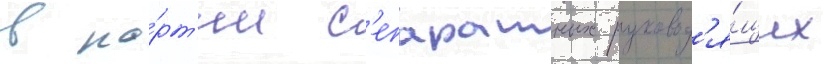
в па́рт'ии с'епаратных руковод'я́щих